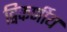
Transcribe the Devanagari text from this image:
द्विकर्णीय